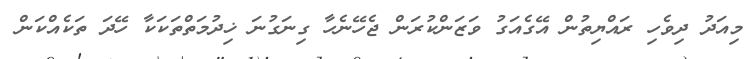
މިއަދު ދިވެހި ރައްޔިތުން އޭގެއަގު ވަޒަންކުރަން ޖެހޭނެހާ ގިނަގުނަ ޚިދުމަތްތަކަކާ ހޭދަ ތަކެއްކަން